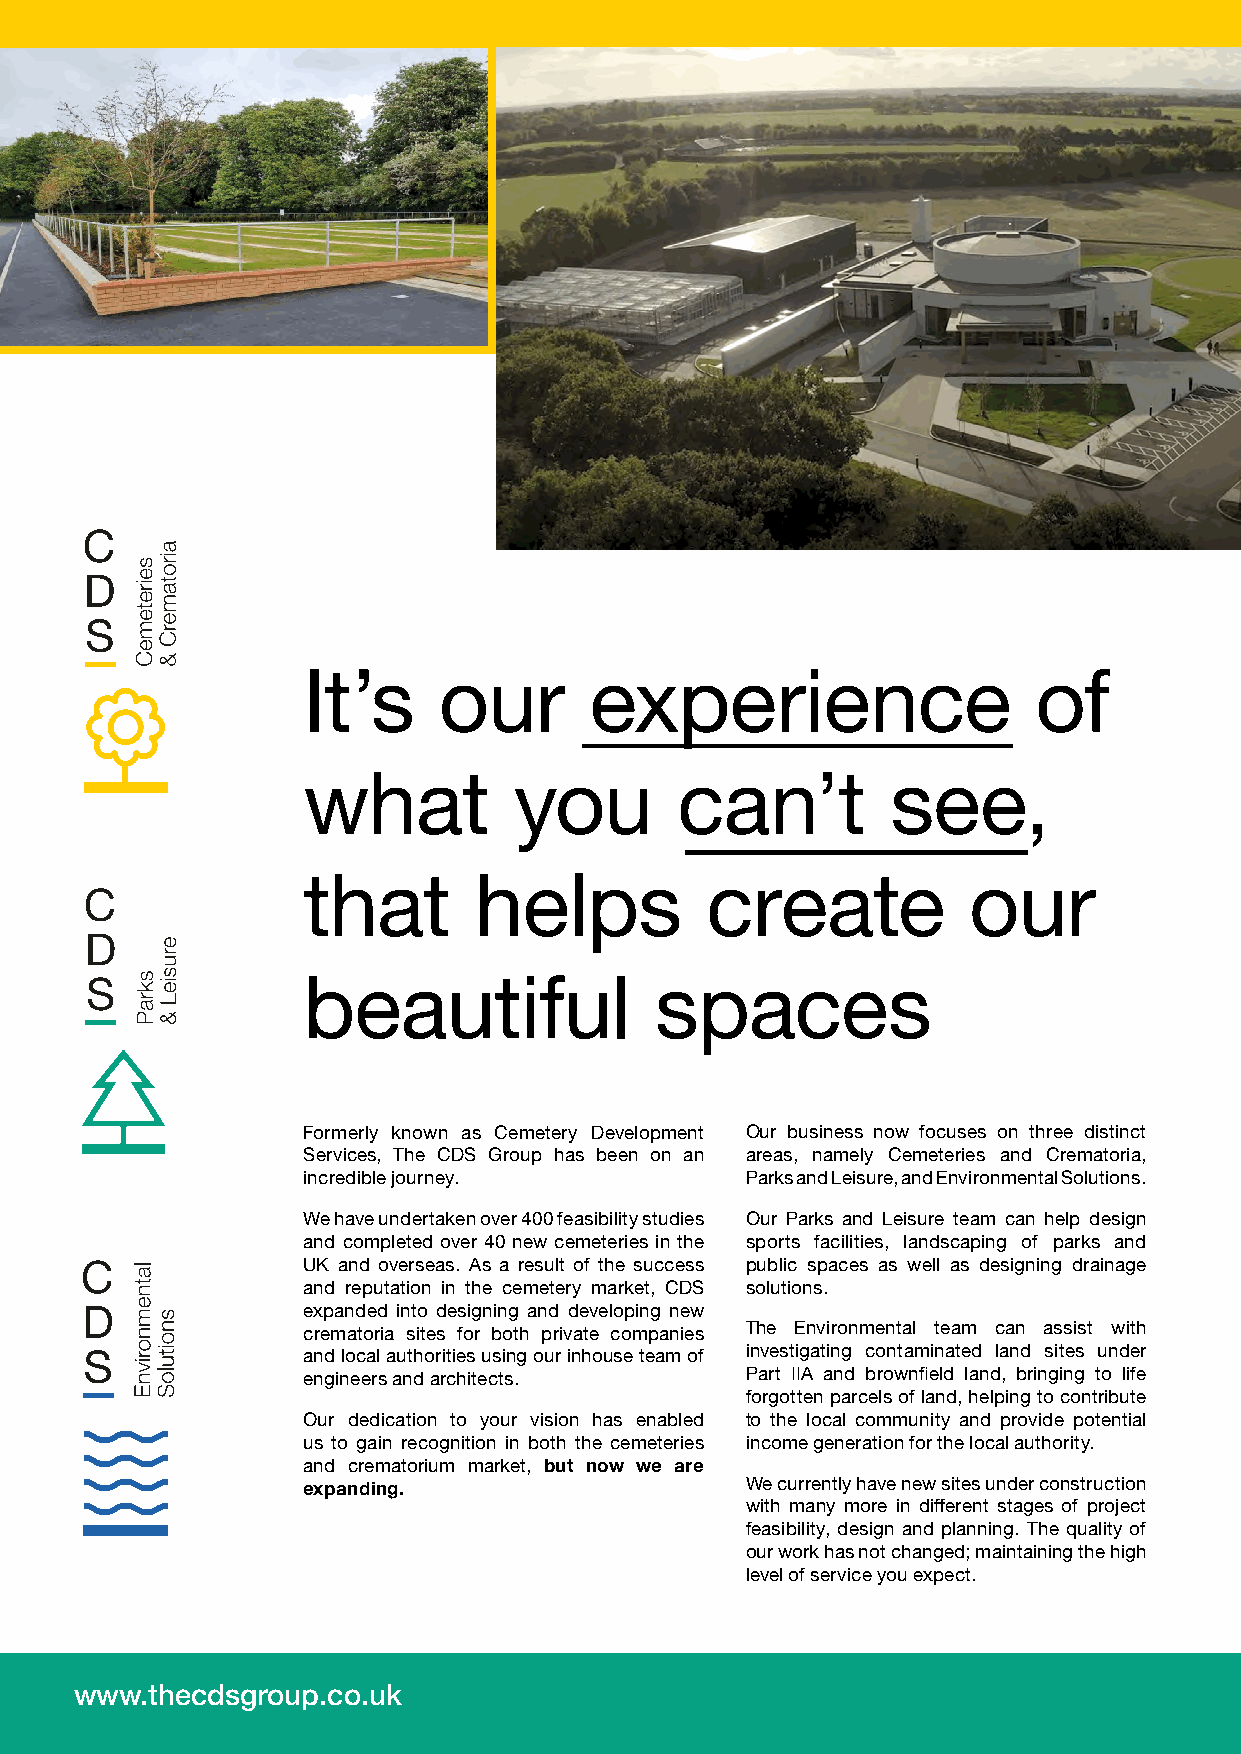
About us                                                        5
 The CDS Group are a team of highly qualified and
 It’s     our       experience                    of                                                                                                dedicated specialists - field surveyors, engineers and
 Specialists in Environmental
 designers - with an outstanding network of partners
 which includes architects and construction consultants,
 investigations and Solutions      enabling us to offer an unrivalled service in the design and
 development of parks, leisure, sports facilities, cemeteries
 and crematoria.
 what          you        can’t         see,
 We are committed to helping our clients transform
 parcels of historic contaminated land into modern, green
 developments which can, once more, serve and enhance
 the local community
 CDS brings together talented professionals that combine
 that       helps           create           our                                                                                                    inspirational creativity, exceptional engineering capability
 and sound technical advice.
 beautiful              spaces
 Formerly known as Cemetery Development Our business now focuses on three distinct CDS are with you every step of the way, from Feasibility Studies,
 Services, The CDS Group has been on an areas, namely Cemeteries and Crematoria, Landscape and Concept Design through to Planning, Construction
 incredible journey.          Parks and Leisure, and Environmental Solutions. and Delivery, ensuring a seamless experience from inception to
 completion.
 We have undertaken over 400 feasibility studies Our Parks and Leisure team can help design
 and completed over 40 new cemeteries in the sports facilities, landscaping of parks and Our team of highly qualified specialists - field surveyors, engineers
 UK and overseas. As a result of the success public spaces as well as designing drainage and designers - are committed to creating beautifully landscaped
 and reputation in the cemetery market, CDS solutions.                  and thoughtfully constructed developments.
 expanded into designing and developing new
 crematoria sites for both private companies The Environmental team can assist with Ones that have distinctive spatial qualities but also offer excellent
 and local authorities using our inhouse team of investigating contaminated land sites under commercial value, and that are low-maintenance environments
 engineers and architects.    Part IIA and brownfield land, bringing to life with minimal operational costs.
 forgotten parcels of land, helping to contribute
 Our dedication to your vision has enabled to the local community and provide potential Our Green Agenda also ensures that our developments are
 us to gain recognition in both the cemeteries income generation for the local authority. environmentally friendly, offer reductions in emissions and pollution
 and crematorium market, but now we are                                 whilst helping improve biodiversity.
 expanding.                   We currently have new sites under construction
 with many more in different stages of project For more information on how The CDS Group can help, please
 feasibility, design and planning. The quality of phone us on +44 (0)1525 864387 or visit our website.
 our work has not changed; maintaining the high
 level of service you expect.
 www.thecdsgroup.co.uk                                                                                                               Discover what’s beneath.
 24